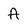
Character: A